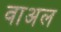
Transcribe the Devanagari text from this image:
वाअल